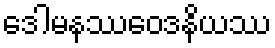
ဒေါမနဿဝေဒနိယဿ